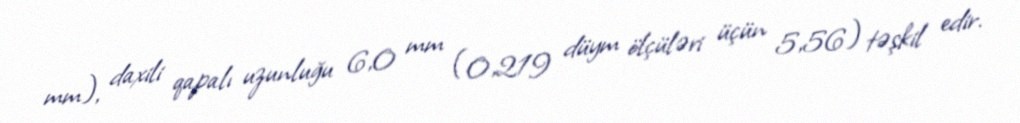
mm), daxili qapalı uzunluğu 6,0 mm (0,219 düym ölçüləri üçün 5,56) təşkil edir.